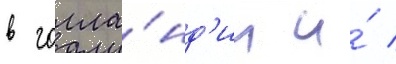
в голла́нд'ии и́ /